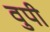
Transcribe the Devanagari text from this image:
वुपी